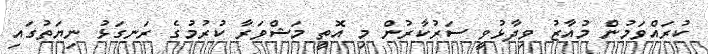
ކުރައްވަމުން މުއާޒު ވިދާޅުވީ ސަރުކާރުން މި އޮތީ މަޝްވަރާ ކުރުމުގެ ރަނގަޅު ނިޔަތުގައި